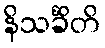
နိသင်္ခိတိ